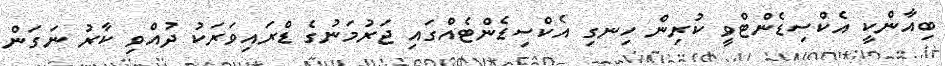
ބިއާންކީ އެކްސިޑެންޓްވީ ކުރިން ހިނގި އެކްސިޑެންޓެއްގައި ޖަރުމަނުގެ ޑްރައިވަރަކު ދުއްވި ކާރު ނަގަން